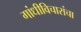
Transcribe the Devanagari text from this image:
गांधीविचारांचा